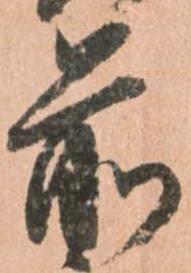
前